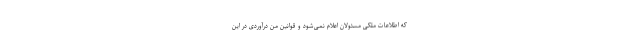
که اطلاعات ملکی مسئولان اعلام نمی‌‌شود و قوانین من درآوردی در این